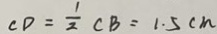
C D = \frac { 1 } { 2 } C B = 1 . 5 c m